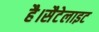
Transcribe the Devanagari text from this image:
है।सैटेलाइट